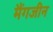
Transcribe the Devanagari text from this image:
मैंगजीन